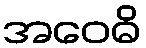
အဝေဓိ